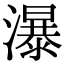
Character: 瀑